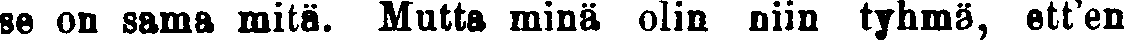
se on sama mitä. Mutta minä olin niin tyhmä, ett'en